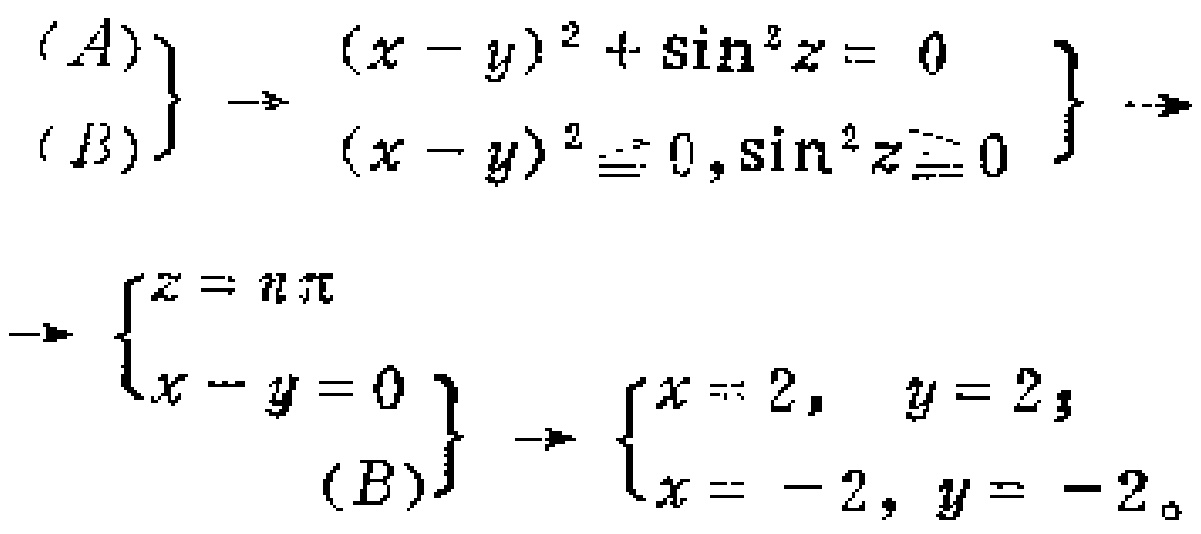
\[\left.\begin{array}{l}(A)\\(B)\end{array}\right\}\rightarrow\left.\begin{array}{l}(x - y)^2+\sin^2z = 0\\(x - y)^2= 0,\sin^2z=0\end{array}\right\}\rightarrow\left\{\begin{array}{l}z = n\pi\\x - y = 0\end{array}\right\}\rightarrow\left.\begin{array}{l}(B)\end{array}\right\}\rightarrow\left\{\begin{array}{l}x = 2,\ y = 2\\x = -2,y = -2\end{array}\right.\]